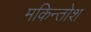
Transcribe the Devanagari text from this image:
मकिन्तोश